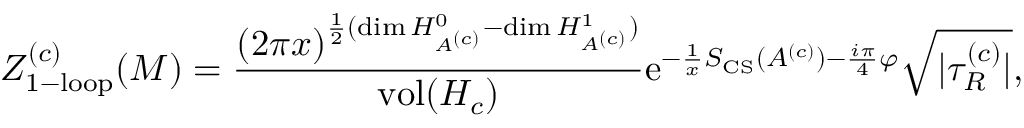
Z _ { \mathrm { 1 - l o o p } } ^ { ( c ) } ( M ) = { \frac { ( 2 \pi x ) ^ { { \frac { 1 } { 2 } } ( \mathrm { d i m } \, H _ { A ^ { ( c ) } } ^ { 0 } - \mathrm { d i m } \, H _ { A ^ { ( c ) } } ^ { 1 } ) } } { \mathrm { v o l } ( H _ { c } ) } } \mathrm { e } ^ { - { \frac { 1 } { x } } S _ { \mathrm { C S } } ( A ^ { ( c ) } ) - { \frac { i \pi } { 4 } } \varphi } { \sqrt { | \tau _ { R } ^ { ( c ) } | } } ,